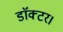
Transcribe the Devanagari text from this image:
डाॅक्टर।